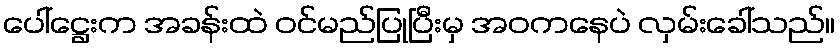
ပေါ်ဋ္ဌေးက အခန်းထဲ ဝင်မည်ပြုပြီးမှ အဝကနေပဲ လှမ်းခေါ်သည်။